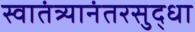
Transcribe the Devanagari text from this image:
स्वातंत्र्यानंतरसुद्धा